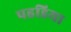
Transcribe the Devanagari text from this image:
पहडिया